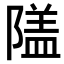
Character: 𨻹